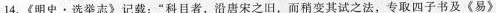
14.《明史·选举志》记载：”科目者，沿唐宋之旧，而稍变其试之法，专取四子书及《易》